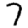
Digit: 7